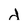
Character: d